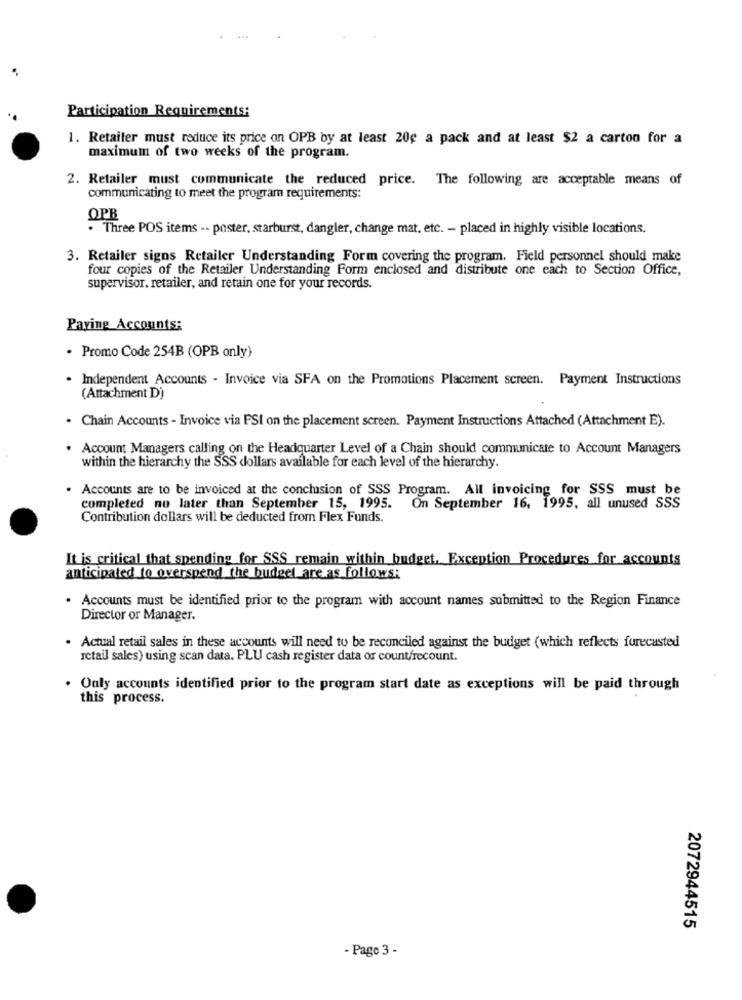
Participation Requirements:
1. Retailer must reduce its price on OPB by at least 20g a pack and at least $2 a carton for a
maximum of two weeks of the program.
2. Retailer must communicate the reduced price. The following are acceptable means of
communicating to meet the program requirements:
OPB
. Three POS items -- poster, starburst, dangler, change mat, etc. - placed in highly visible locations.
3. Retailer signs Retailer Understanding Form covering the program. Field personnel should make
four copies of the Retailer Understanding Form enclosed and distribute one each to Section Office,
supervisor. retailer, and retain one for your records.
Paying Accounts:
· Promo Code 254B (OPB only)
· Independent Accounts - Invoice via SFA on the Promotions Placement screen. Payment Instructions
(Attachment D)
. Chain Accounts - Invoice via FSI on the placement screen. Payment Instructions Attached (Attachment E).
. Account Managers calling on the Headquarter Level of a Chain should communicate to Account Managers
within the hierarchy the SSS dollars available for each level of the hierarchy.
Accounts are to be invoiced at the conclusion of SSS Program. All invoicing for SSS must be
completed no later than September 15, 1995. On September 16, 1995, all unused SSS
Contribution dollars will be deducted from Flex Funds.
It is critical that spending for SSS remain within budget. Exception Procedures for accounts
anticipated to overspend the budget are as follows:
. Accounts must be identified prior to the program with account names submitted to the Region Finance
Director or Manager.
. Actual retail sales in these accounts will need to be reconciled against the budget (which reflects forecasted
retail sales) using scan data. PLU cash register data or count/recount.
. Only accounts identified prior to the program start date as exceptions will be paid through
this process.
2072944515
- Page 3 -